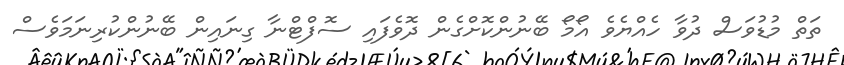
ތަތް މުޑުވަސް ދުވާ ހެއްޔެވެ އޯމޯ ބޭނުންކޮށްގެން ދޮވެފައި ސޮފްޓްނާ ގިނައިން ބޭނުންކުރިނަމަވެސް